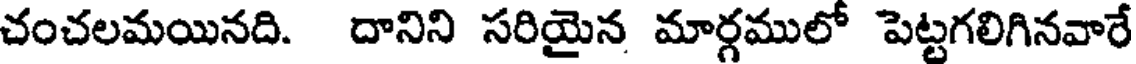
చంచలమయినది. దానిని సరియైన మార్గములో పెట్టగలిగినవారే